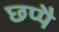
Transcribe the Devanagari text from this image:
छप्पै